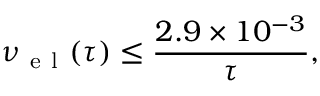
\nu _ { \mathrm { ~ e ~ l ~ } } ( \tau ) \leq \frac { 2 . 9 \times 1 0 ^ { - 3 } } { \tau } ,